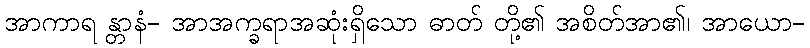
အာကာရ န္တာနံ- အာအက္ခရာအဆုံးရှိသော ဓာတ် တို့၏ အစိတ်အာ၏၊ အာယော-